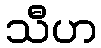
သီဟ